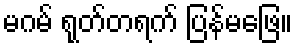
မဂမ် ရုတ်တရက် ပြန်မဖြေ။